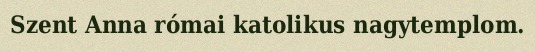
Szent Anna római katolikus nagytemplom.